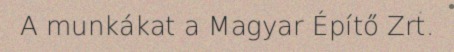
A munkákat a Magyar Építő Zrt.